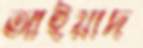
আইয়াদ